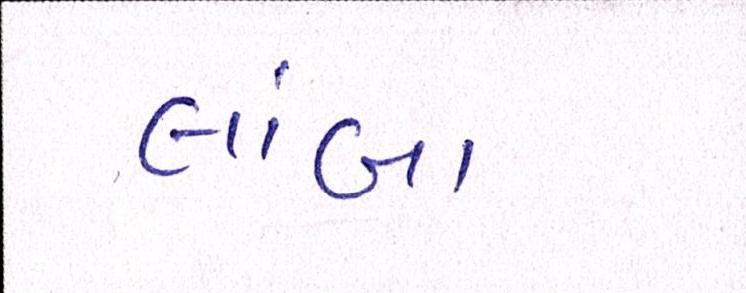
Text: લાંબા